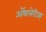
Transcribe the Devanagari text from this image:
अॅथलेटिक्